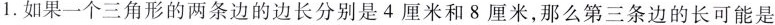
1.如果一个三角形的两条边的边长分别是4厘米和8厘米，那么第三条边的长可能是